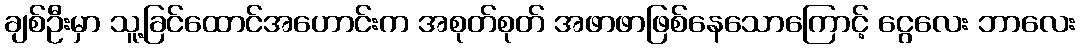
ချစ်ဦးမှာ သူ့ခြင်ထောင်အဟောင်းက အစုတ်စုတ် အဖာဖာဖြစ်နေသောကြောင့် ငွေလေး ဘာလေး